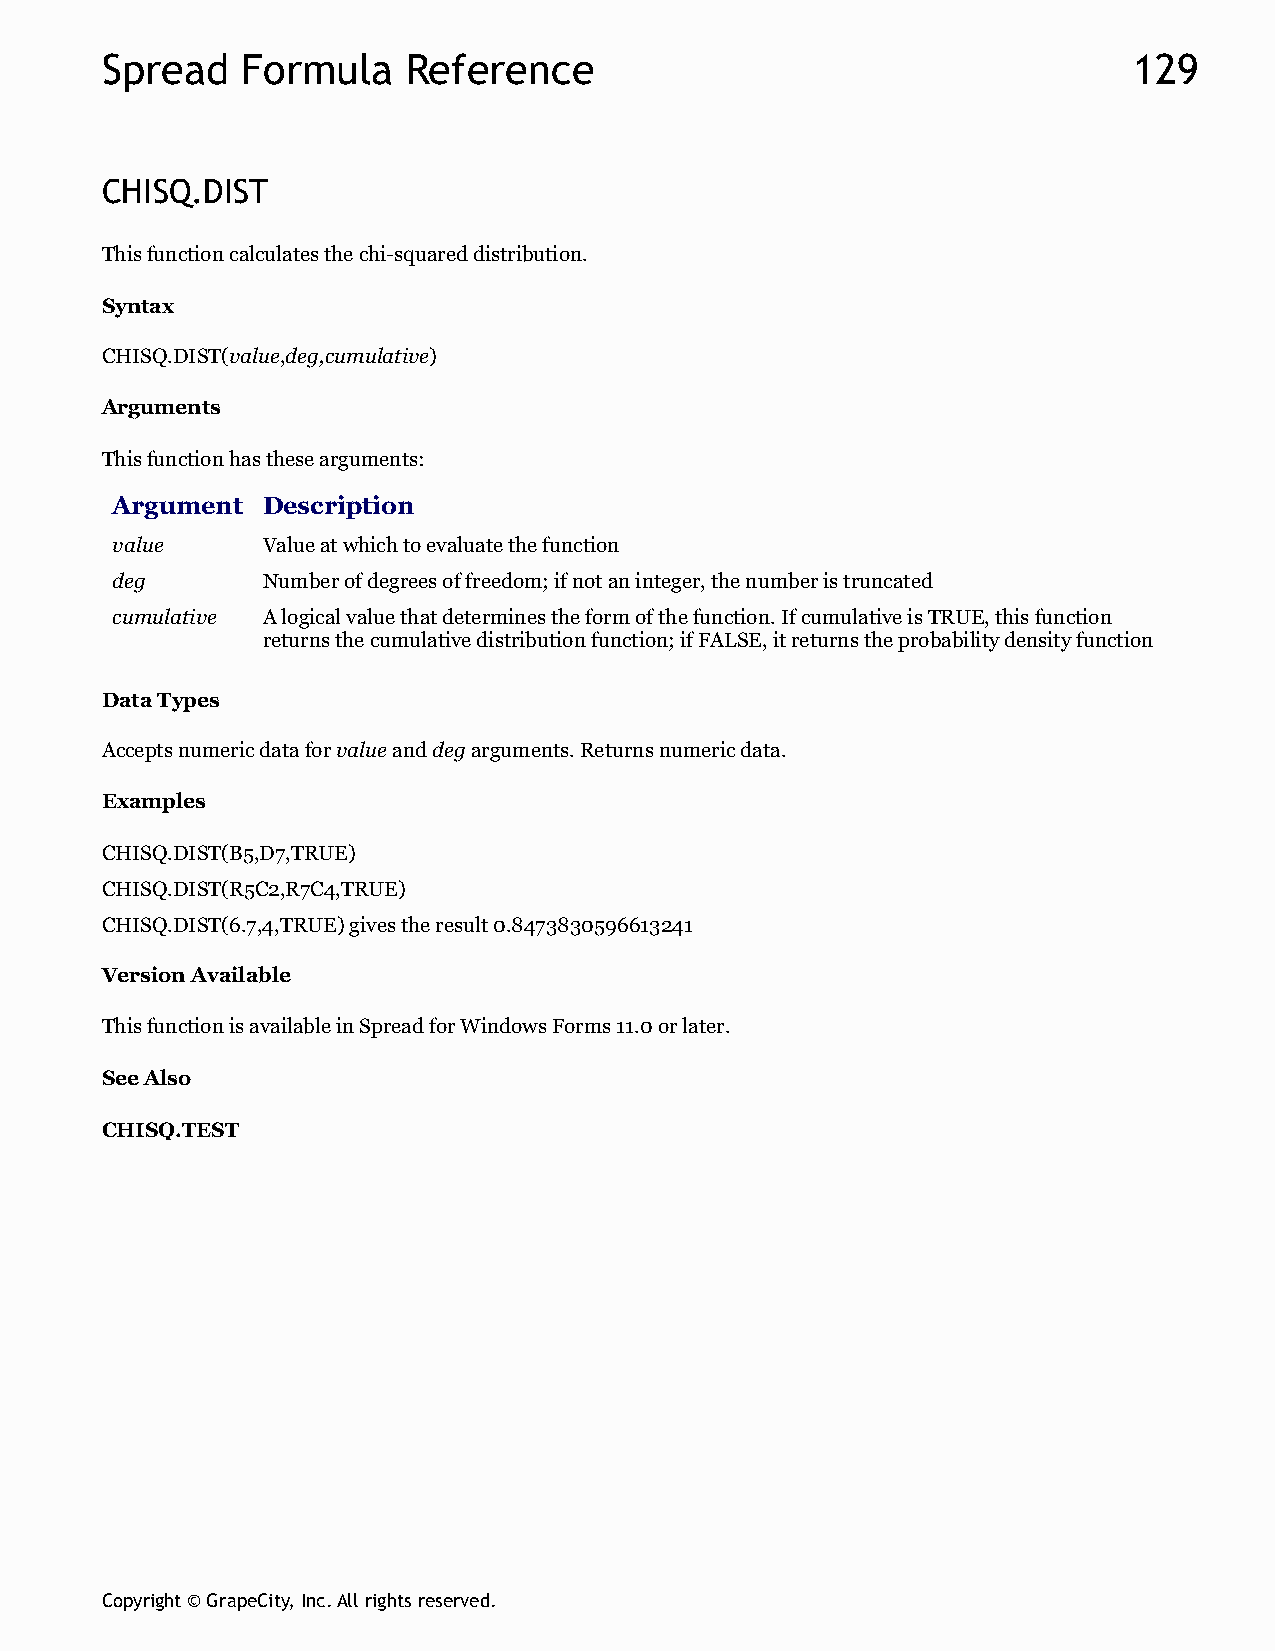
Spread   Formula    Reference                                       129
 CHISQ.DIST
 This function calculates the chi-squared distribution.
 Syntax
 CHISQ.DIST(value,deg,cumulative)
 Arguments
 This function has these arguments:
 Argument  Description
 value     Value at which to evaluate the function
 deg       Number of degrees of freedom; if not an integer, the number is truncated
 cumulative A logical value that determines the form of the function. If cumulative is TRUE, this function
 returns the cumulative distribution function; if FALSE, it returns the probability density function
 Data Types
 Accepts numeric data for value and deg arguments. Returns numeric data.
 Examples
 CHISQ.DIST(B5,D7,TRUE)
 CHISQ.DIST(R5C2,R7C4,TRUE)
 CHISQ.DIST(6.7,4,TRUE) gives the result 0.8473830596613241
 Version Available
 This function is available in Spread for Windows Forms 11.0 or later.
 See Also
 CHISQ.TEST
 Copyright © GrapeCity, Inc. All rights reserved.